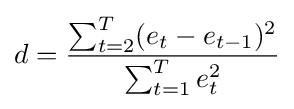
d={\sum _{t=2}^{T}(e_{t}-e_{t-1})^{2} \over {\sum _{t=1}^{T}e_{t}^{2}}}